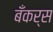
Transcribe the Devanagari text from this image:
बँकर्स